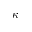
\kappa